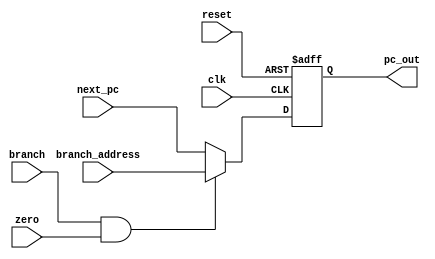
module pc(
    input clk,
    input reset,
    input branch,
    input zero,
    input [31:0] branch_address,
    input [31:0] next_pc,
    output reg [31:0] pc_out
);
    always @(posedge clk or posedge reset) begin
        if (reset)
            pc_out <= 0;
        else if (branch && zero)
            pc_out <= branch_address;
        else
            pc_out <= next_pc;
    end
endmodule